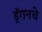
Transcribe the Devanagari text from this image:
ड्रॅगनचे